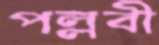
পল্লবী